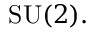
{ \mathrm { S U } } ( 2 ) .